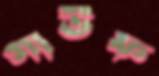
গাউফ